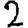
Digit: 2